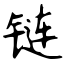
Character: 链